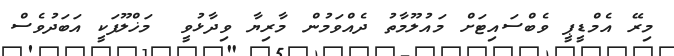
މިރޭ އެމްޑީޕީ ވެބްސައިޓަށް މައުލޫމާތު ދެއްވަމުން މާރިޔާ ވިދާޅުވީ  މަޚްލޫފަކީ އަބަދުވެސް